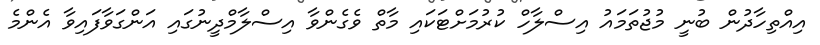
އިއްތިހާދުން ބުނީ މުޖުތަމައު އިސްލާހް ކުރުމަށްޓަކައި މާތް ވެގެންވާ އިސްލާމްދީނުގައި އަންގަވާފައިވާ އެންމެ